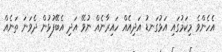
އެހެންވެ މިކަމުގައި އަޅުގަނޑު އަދިއެއް ހައިރާނެއް ނުވޭ އަދި އެބޭފުޅުން ދެވަނަ ތަނެއް